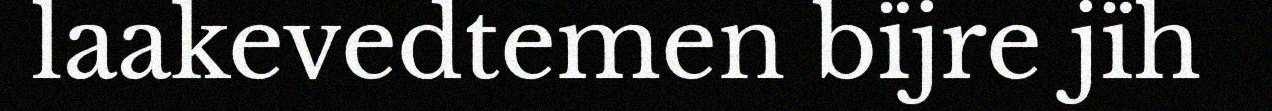
laakevedtemen bïjre jïh